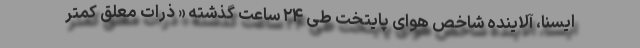
ایسنا، آلاینده شاخص هوای پایتخت طی ۲۴ ساعت گذشته « ذرات معلق کمتر